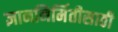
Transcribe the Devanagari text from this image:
ज्ञाननिर्मितीसाठी